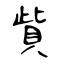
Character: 貲